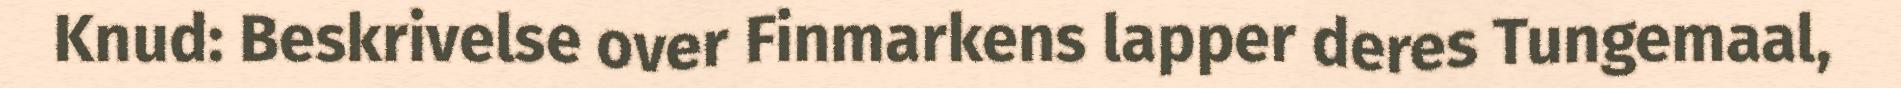
Knud: Beskrivelse over Finmarkens lapper deres Tungemaal,